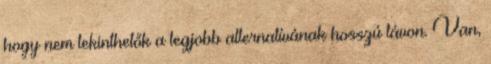
hogy nem tekinthetők a legjobb alternatívának hosszú távon. Van,